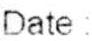
DATE :